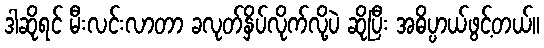
ဒါဆိုရင် မီးလင်းလာတာ ခလုတ်နှိပ်လိုက်လို့ပဲ ဆိုပြီး အဓိပ္ပာယ်ဖွင့်တယ်။